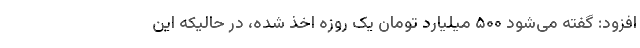
افزود: گفته می‌شود ۵۰۰ میلیارد تومان یک روزه اخذ شده، در حالیکه این